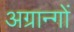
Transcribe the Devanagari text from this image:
अग्रान्गों